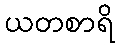
ယတစာရိ